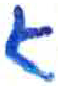
אות: א